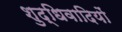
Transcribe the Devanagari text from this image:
शुद्धिवादियों